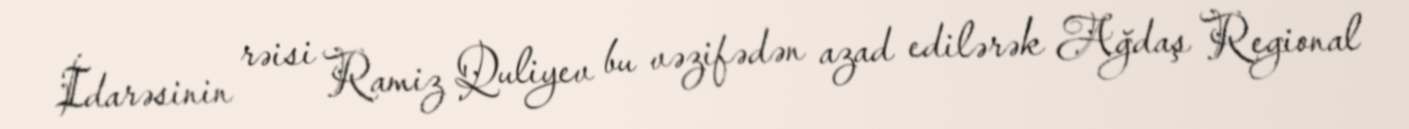
İdarəsinin rəisi Ramiz Quliyev bu vəzifədən azad edilərək Ağdaş Regional